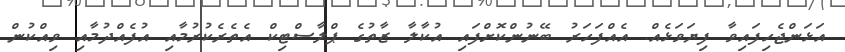
އަޅަންޖެހިފައިވާ ފިޔަވަޅެއް. އެއްފަހަރު ބޭނުންކޮށްފައި އުކާލާ ޒާތުގެ ޕްލާސްޓިކް އެތެރެކުރުމާއި އުފެއްދުމާއި ވިއްކުން